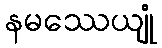
နမဿေယျုံ